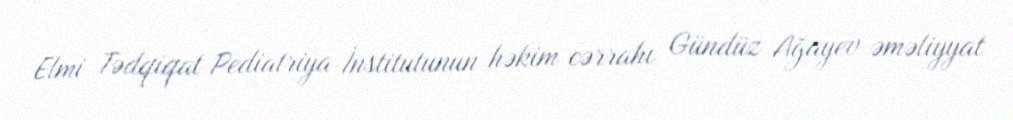
Elmi Tədqiqat Pediatriya İnstitutunun həkim cərrahı Gündüz Ağayev əməliyyat